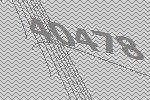
40478